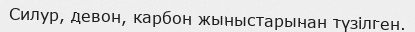
Силур, девон, карбон жыныстарынан түзілген.